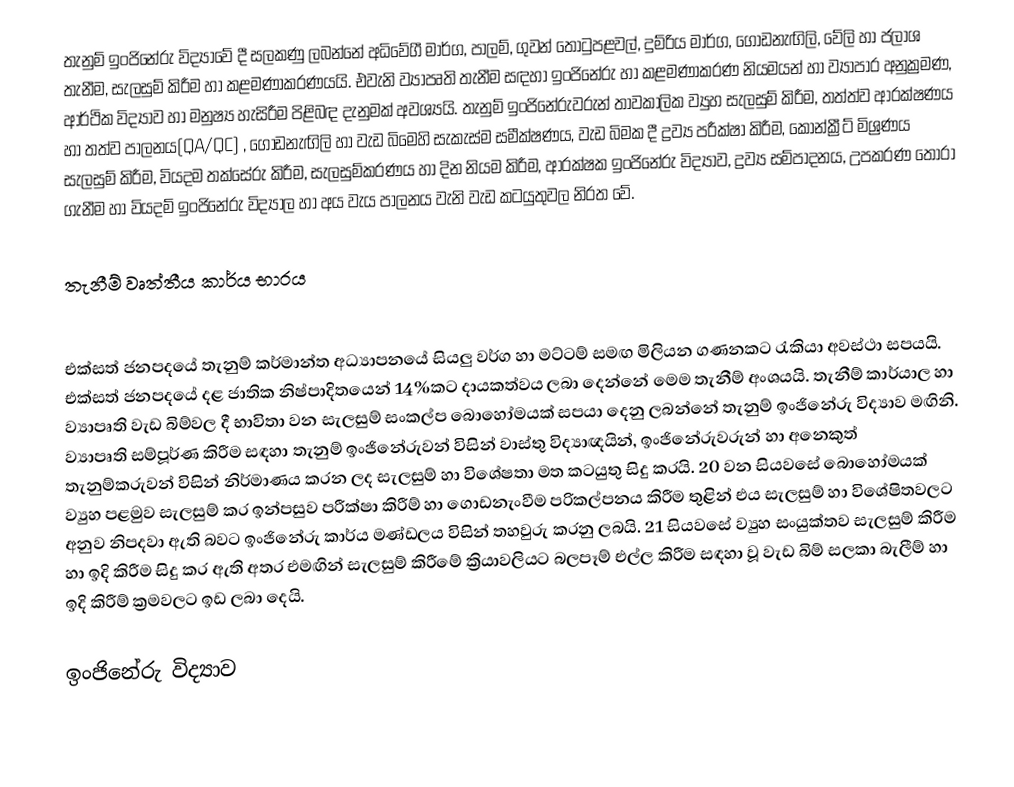
තැනුම් ඉංජිනේරු විද්‍යාවේ දී සලකණු ලබන්නේ අධිවේගී මාර්ග, පාලම්, ගුවන් තොටුපළවල්, දුම්රිය මාර්ග, ගොඩනැඟිලි, වේලි හා ජලාශ තැනීම, සැලසුම් කිරීම හා කළමණාකරණයයි. එවැනි ව්‍යාපෘති තැනීම සඳහා ඉංජිනේරු හා කළමණාකරණ නියමයන් හා ව්‍යාපාර අනුක්‍රමණ, ආර්ථික විද්‍යාව හා මනුෂ්‍ය හැසිරීම පිළිබඳ දැනුමක් අවශ්‍යයි. තැනුම් ඉංජිනේරුවරුන් තාවකාලික ව්‍යුහ සැලසුම් කිරීම, තත්ත්ව ආරක්ෂණය හා තත්ව පාලනය(QA/QC) , ගොඩනැඟිලි හා වැඩ බිමෙහි සැකැස්ම සමීක්ෂණය, වැඩ බිමක දී ද්‍රව්‍ය පරීක්ෂා කිරීම, කොන්ක්‍රීට් මිශ්‍රණය සැලසුම් කිරීම, වියදම තක්සේරු කිරීම, සැලසුම්කරණය හා දින නියම කිරීම, ආරක්ෂක ඉංජිනේරු විද්‍යාව, ද්‍රව්‍ය සම්පාදනය, උපකරණ තොරා ගැනීම හා වියදම් ඉංජිනේරු විද්‍යාල හා අය වැය පාලනය වැනි වැඩ කටයුතුවල නිරත වේ.

තැනීම් වෘත්තීය කාර්ය භාරය

එක්සත් ජනපදයේ තැනුම් කර්මාන්ත අධ්‍යාපනයේ සියලු වර්ග හා මට්ටම් සමඟ මිලියන ගණනකට රැකියා අවස්ථා සපයයි. එක්සත් ජනපදයේ දළ ජාතික නිෂ්පාදිතයෙන් 14%කට දායකත්වය ලබා දෙන්නේ මෙම තැනීම් අංශයයි. තැනීම් කාර්යාල හා ව්‍යාපෘති වැඩ බිම්වල දී භාවිතා වන සැලසුම් සංකල්ප බොහෝමයක් සපයා දෙනු ලබන්නේ තැනුම් ඉංජිනේරු විද්‍යාව  මඟිනි. ව්‍යාපෘති සම්පූර්ණ කිරීම සඳහා තැනුම් ඉංජිනේරුවන් විසින් වාස්තු විද්‍යාඥයින්, ඉංජිනේරුවරුන් හා අනෙකුත් තැනුම්කරුවන් විසින් නිර්මාණය කරන ලද සැලසුම් හා විශේෂතා මත කටයුතු සිදු කරයි. 20 වන සියවසේ බොහෝමයක් ව්‍යුහ පළමුව සැලසුම් කර ඉන්පසුව පරීක්ෂා කිරීම් හා ගොඩනැංවීම පරිකල්පනය කිරීම තුළින් එය සැලසුම් හා විශේෂිතවලට අනුව නිපදවා ඇති බවට ඉංජිනේරු කාර්ය මණ්ඩලය විසින් තහවුරු කරනු ලබයි. 21 සියවසේ ව්‍යුහ සංයුක්තව සැලසුම් කිරීම හා ඉදි කිරීම සිදු කර ඇති අතර එමඟින් සැලසුම් කිරීමේ ක්‍රියාවලියට බලපෑම් එල්ල කිරීම සඳහා වූ වැඩ බිම් සලකා බැලීම් හා ඉදි කිරීම් ක්‍රමවලට ඉඩ ලබා දෙයි.

 ඉංජිනේරු විද්‍යාව